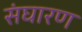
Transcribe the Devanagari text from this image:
संघारण